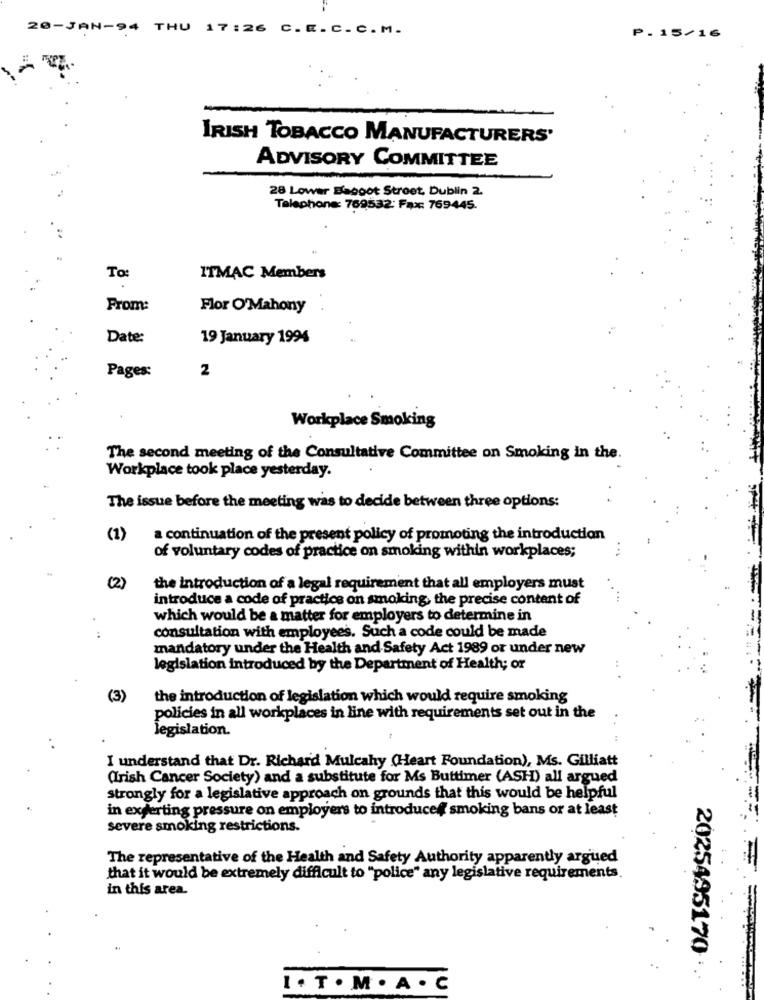
20-JAN-94 THU 17:26 C.E.C.C.M.
P. 15/16
IRISH TOBACCO MANUFACTURERS'
ADVISORY COMMITTEE
28 Lower Basgot Street, Dublin 2.
Telephone: 769532: Fax: 769445.
To
ITMAC Members
From:
Flor O'Mahony
Date:
19 January 1994
2
Pages:
Workplace Smoking
The second meeting of the Consultative Committee on Smoking in the.
Workplace took place yesterday.
The issue before the meeting was to decide between three options:
(1)
a continuation of the present policy of promoting the introduction
of voluntary codes of practice on smoking within workplaces;
(2)
the introduction of a legal requirement that all employers must
introduce a code of practice on smoking, the precise content of
which would be a matter for employers to determine in
consultation with employees. Such a code could be made
mandatory under the Health and Safety Act 1989 or under new
legislation introduced by the Department of Health; or
(3)
the introduction of legislation which would require smoking
policies in all workplaces in line with requirements set out in the
legislation.
I understand that Dr. Richard Mulcahy (Heart Foundation), Ms. Gilliatt
(Irish Cancer Society) and a substitute for Ms Buttimer (ASH) all argued
strongly for a legislative approach on grounds that this would be helpful
in experting pressure on employers to introducef smoking bans or at least
severe smoking restrictions.
The representative of the Health and Safety Authority apparently argued
that it would be extremely difficult to "police" any legislative requirements.
in this area.
2025495170 :
I . T . M . A . C